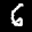
Label: 6